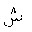
Letter: _shin